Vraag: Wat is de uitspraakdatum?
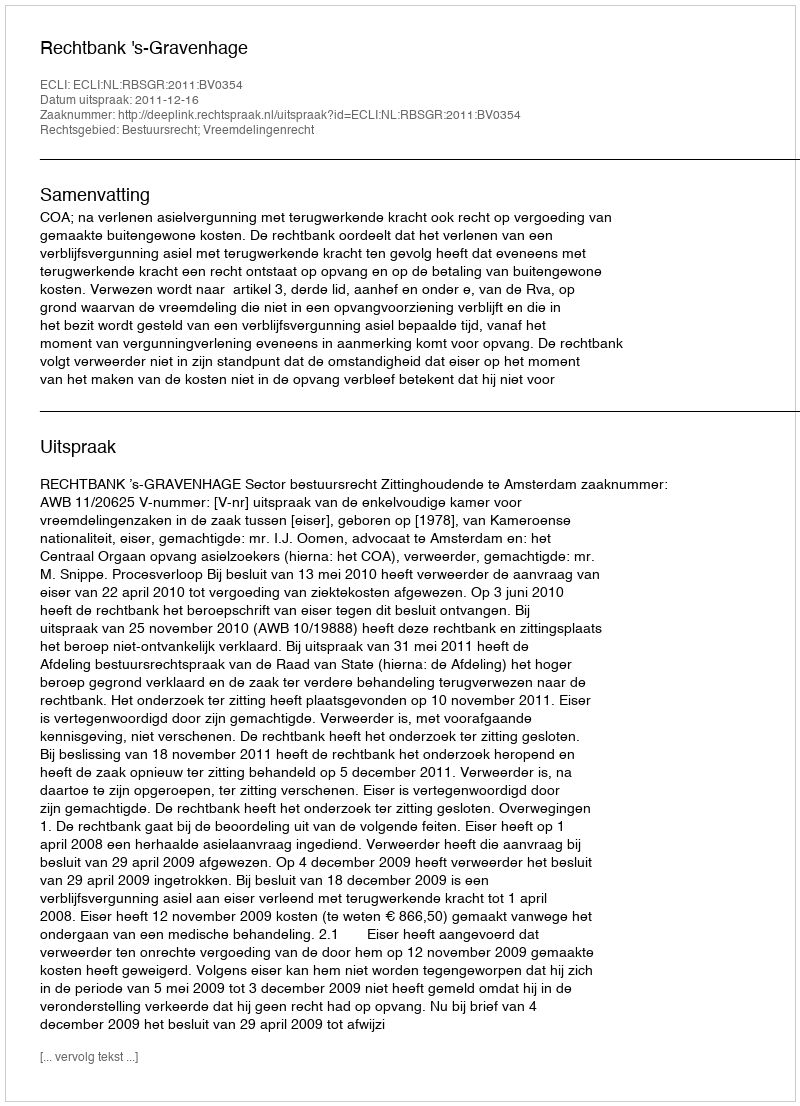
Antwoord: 2011-12-16